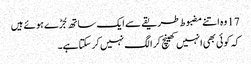
17 وہ اتنے مضبوط طریقے سے ایک ساتھ جُڑے ہو ئے ہیں
کہ کو ئی بھی انہیں کھینچ کر الگ نہیں کر سکتا ہے۔